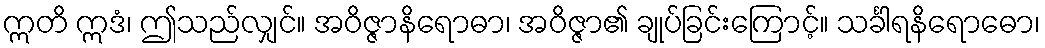
ဣတိ ဣဒံ၊ ဤသည်လျှင်။ အဝိဇ္ဇာနိရောဓာ၊ အဝိဇ္ဇာ၏ ချုပ်ခြင်းကြောင့်။ သင်္ခါရနိရောဓော၊